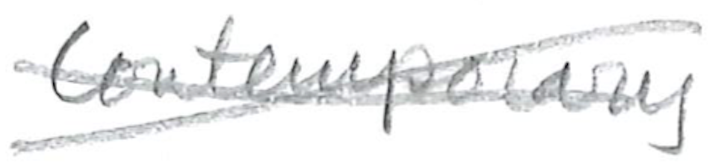
Text: Contemporary
Cross-out: cross
Writing tool: pencil